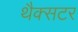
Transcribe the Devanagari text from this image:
थैक्सटर